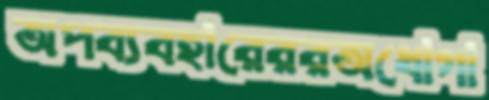
অপব্যবহারেররঅধোগা